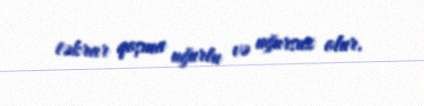
təkrar qoşma uğurlu və uğursuz olur.